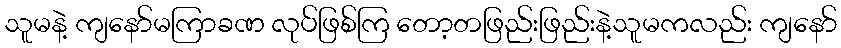
သူမနဲ့ ကျနော်မကြာခဏ လုပ်ဖြစ်ကြ တော့တဖြည်းဖြည်းနဲ့သူမကလည်း ကျနော်